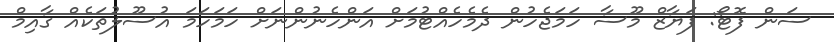
ސަން ފޮޓޯ: ފަޔާޒް މޫސާ ހަމަޖެހުން ދެމެހެއްޓުމަށް އަންހެނުންނަށް ހަމަހަމަ އުސޫލުތަކެއް ގާއިމް